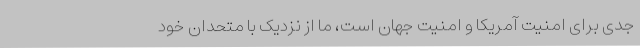
جدی برای امنیت آمریکا و امنیت جهان است، ما از نزدیک با متحدان خود